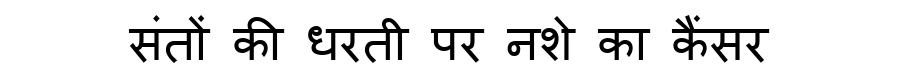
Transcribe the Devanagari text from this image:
संतों की धरती पर नशे का कैंसर